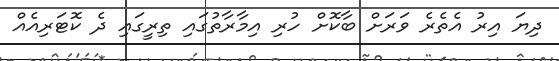
ދިޔަ އިރު އެތެރެ ވަރަށް ބާކޮށް ހުރި އިމާރާތުގައި ތިރީގައި ދެ ކޮޓަރިއެއް